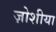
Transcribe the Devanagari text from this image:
ज़ोशीया